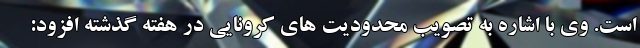
است. وی با اشاره به تصویب محدودیت های کرونایی در هفته گذشته افزود: